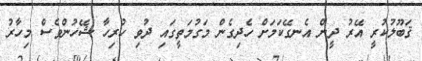
ޤަބޫލުކުރީ އޭރު ދީން އެނގޭކަމަށް ހެދިގެން މަގުމަތީގައި ދުވި ހުރިހާ ޝޭހުންވެސް މިހާރު